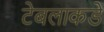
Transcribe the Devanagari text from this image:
टेबलाकडे